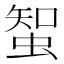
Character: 𧌲